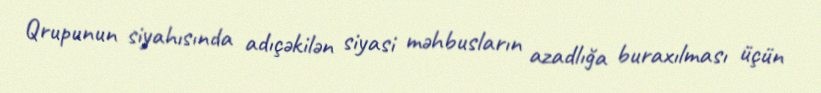
Qrupunun siyahısında adıçəkilən siyasi məhbusların azadlığa buraxılması üçün